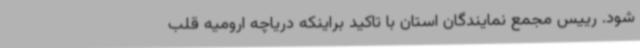
شود. رییس مجمع نمایندگان استان با تاکید براینکه دریاچه ارومیه قلب